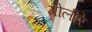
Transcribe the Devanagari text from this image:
मोलीरे